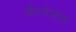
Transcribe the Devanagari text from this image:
सीलोमोंस